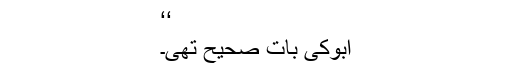
‘‘
ابوکی بات صحیح تھی۔